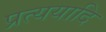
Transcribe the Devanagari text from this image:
प्रत्ययादि